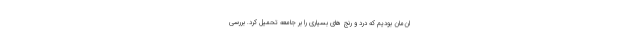
ان‌مان بودیم که درد و رنج های بسیاری را بر جامعه تحمیل کرد. بررسی